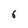
Character: 6